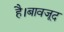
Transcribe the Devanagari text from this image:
है।बावजूद